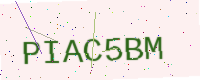
Text: PIAC5BM